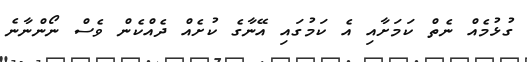
ގުޅުމެއް ނެތް ކަމަށާއި އެ ކަމުގައި އޭނާގެ ކުށެއް ދެއްކެން ވެސް ނޯންނާނެ